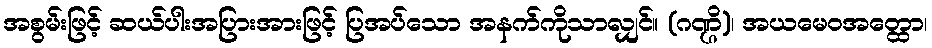
အစွမ်းဖြင့် ဆယ်ပါးအပြားအားဖြင့် ပြအပ်သော အနက်ကိုသာလျှင်။ (ဂဏ္ဌိ)၊ အယမေဝအတ္ထော၊